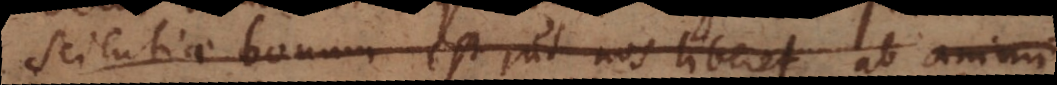
scientiae bonum est, ut nos liberet ab animi